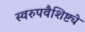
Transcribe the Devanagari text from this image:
स्वरुपवैशिष्ट्ये